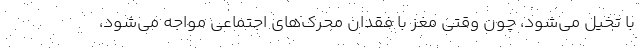
با تخیل می‌شود، چون وقتی مغز با فقدان محرک‌های اجتماعی مواجه می‌شود،